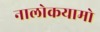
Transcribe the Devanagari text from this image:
नालोकयामो